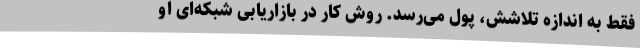
فقط به اندازه تلاشش، پول می‌رسد. روش کار در بازاریابی شبکه‌ای او